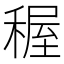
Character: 𥟽